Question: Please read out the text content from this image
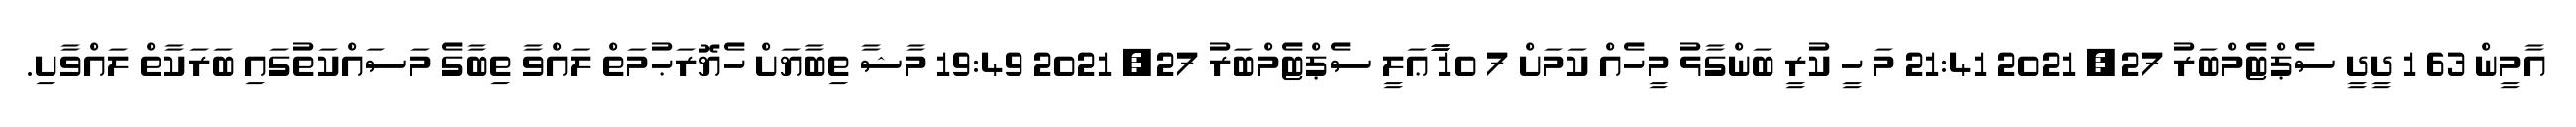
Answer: އާމީން 63 1 ދީދީ ސެޕްޓެމްބަރު 27, 2021 21:41 މަ ހީ ކުރީ ބަންގާޅު މީހެއް ކަމަށް 7 10 ާާާޢަލީ ސެޕްޓެމްބަރު 27, 2021 19:49 މާޝާ ތިބާޔަށް ހެޔޮރަޙުމަތް ލައްވާ ތިބާގެ މަސައްކަތުގައި ބަރަކާތް ލައްވާށި.